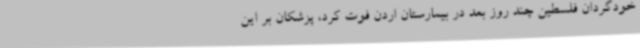
خودگردان فلسطین چند روز بعد در بیمارستان اردن فوت کرد، پزشکان بر این